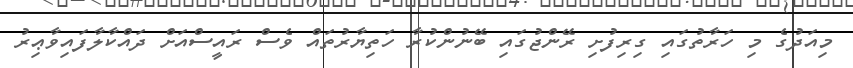
މިއަދުގެ މި ހަރާތުގައި ގިރިފުށި ރޭންޖުގައި ބޭނުންކުރާ ހަތިޔާރުތައް ވެސް ރައީސްއަށް ދައްކާލާފައިވާޢިރު